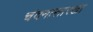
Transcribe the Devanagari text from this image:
चंदनासारखा